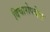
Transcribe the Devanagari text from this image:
विचारोपदेश